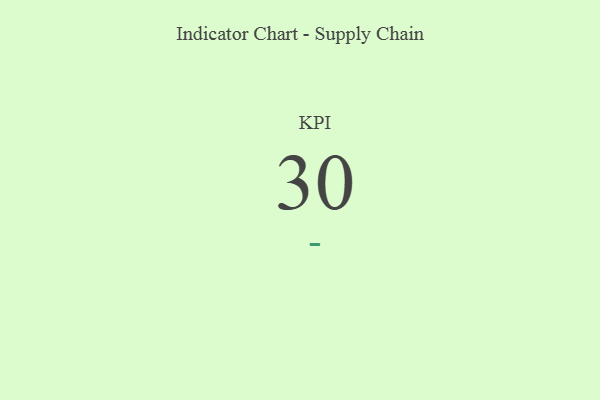
{"axis": {"x": "KPI", "y": "Value"}, "legend": [""], "data": [{"x": "KPI", "y": 30, "type": ""}]}